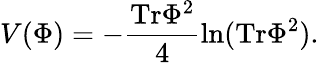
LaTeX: V(\Phi)=-{\frac{\mathrm{Tr}\Phi^{2}}{4}}\mathrm{ln}(\mathrm{Tr}\Phi^{2}).